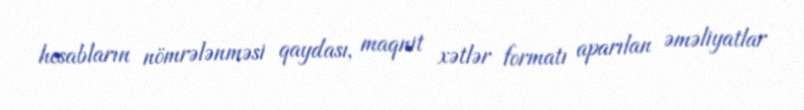
hesabların nömrələnməsi qaydası, maqnit xətlər formatı aparılan əməliyatlar